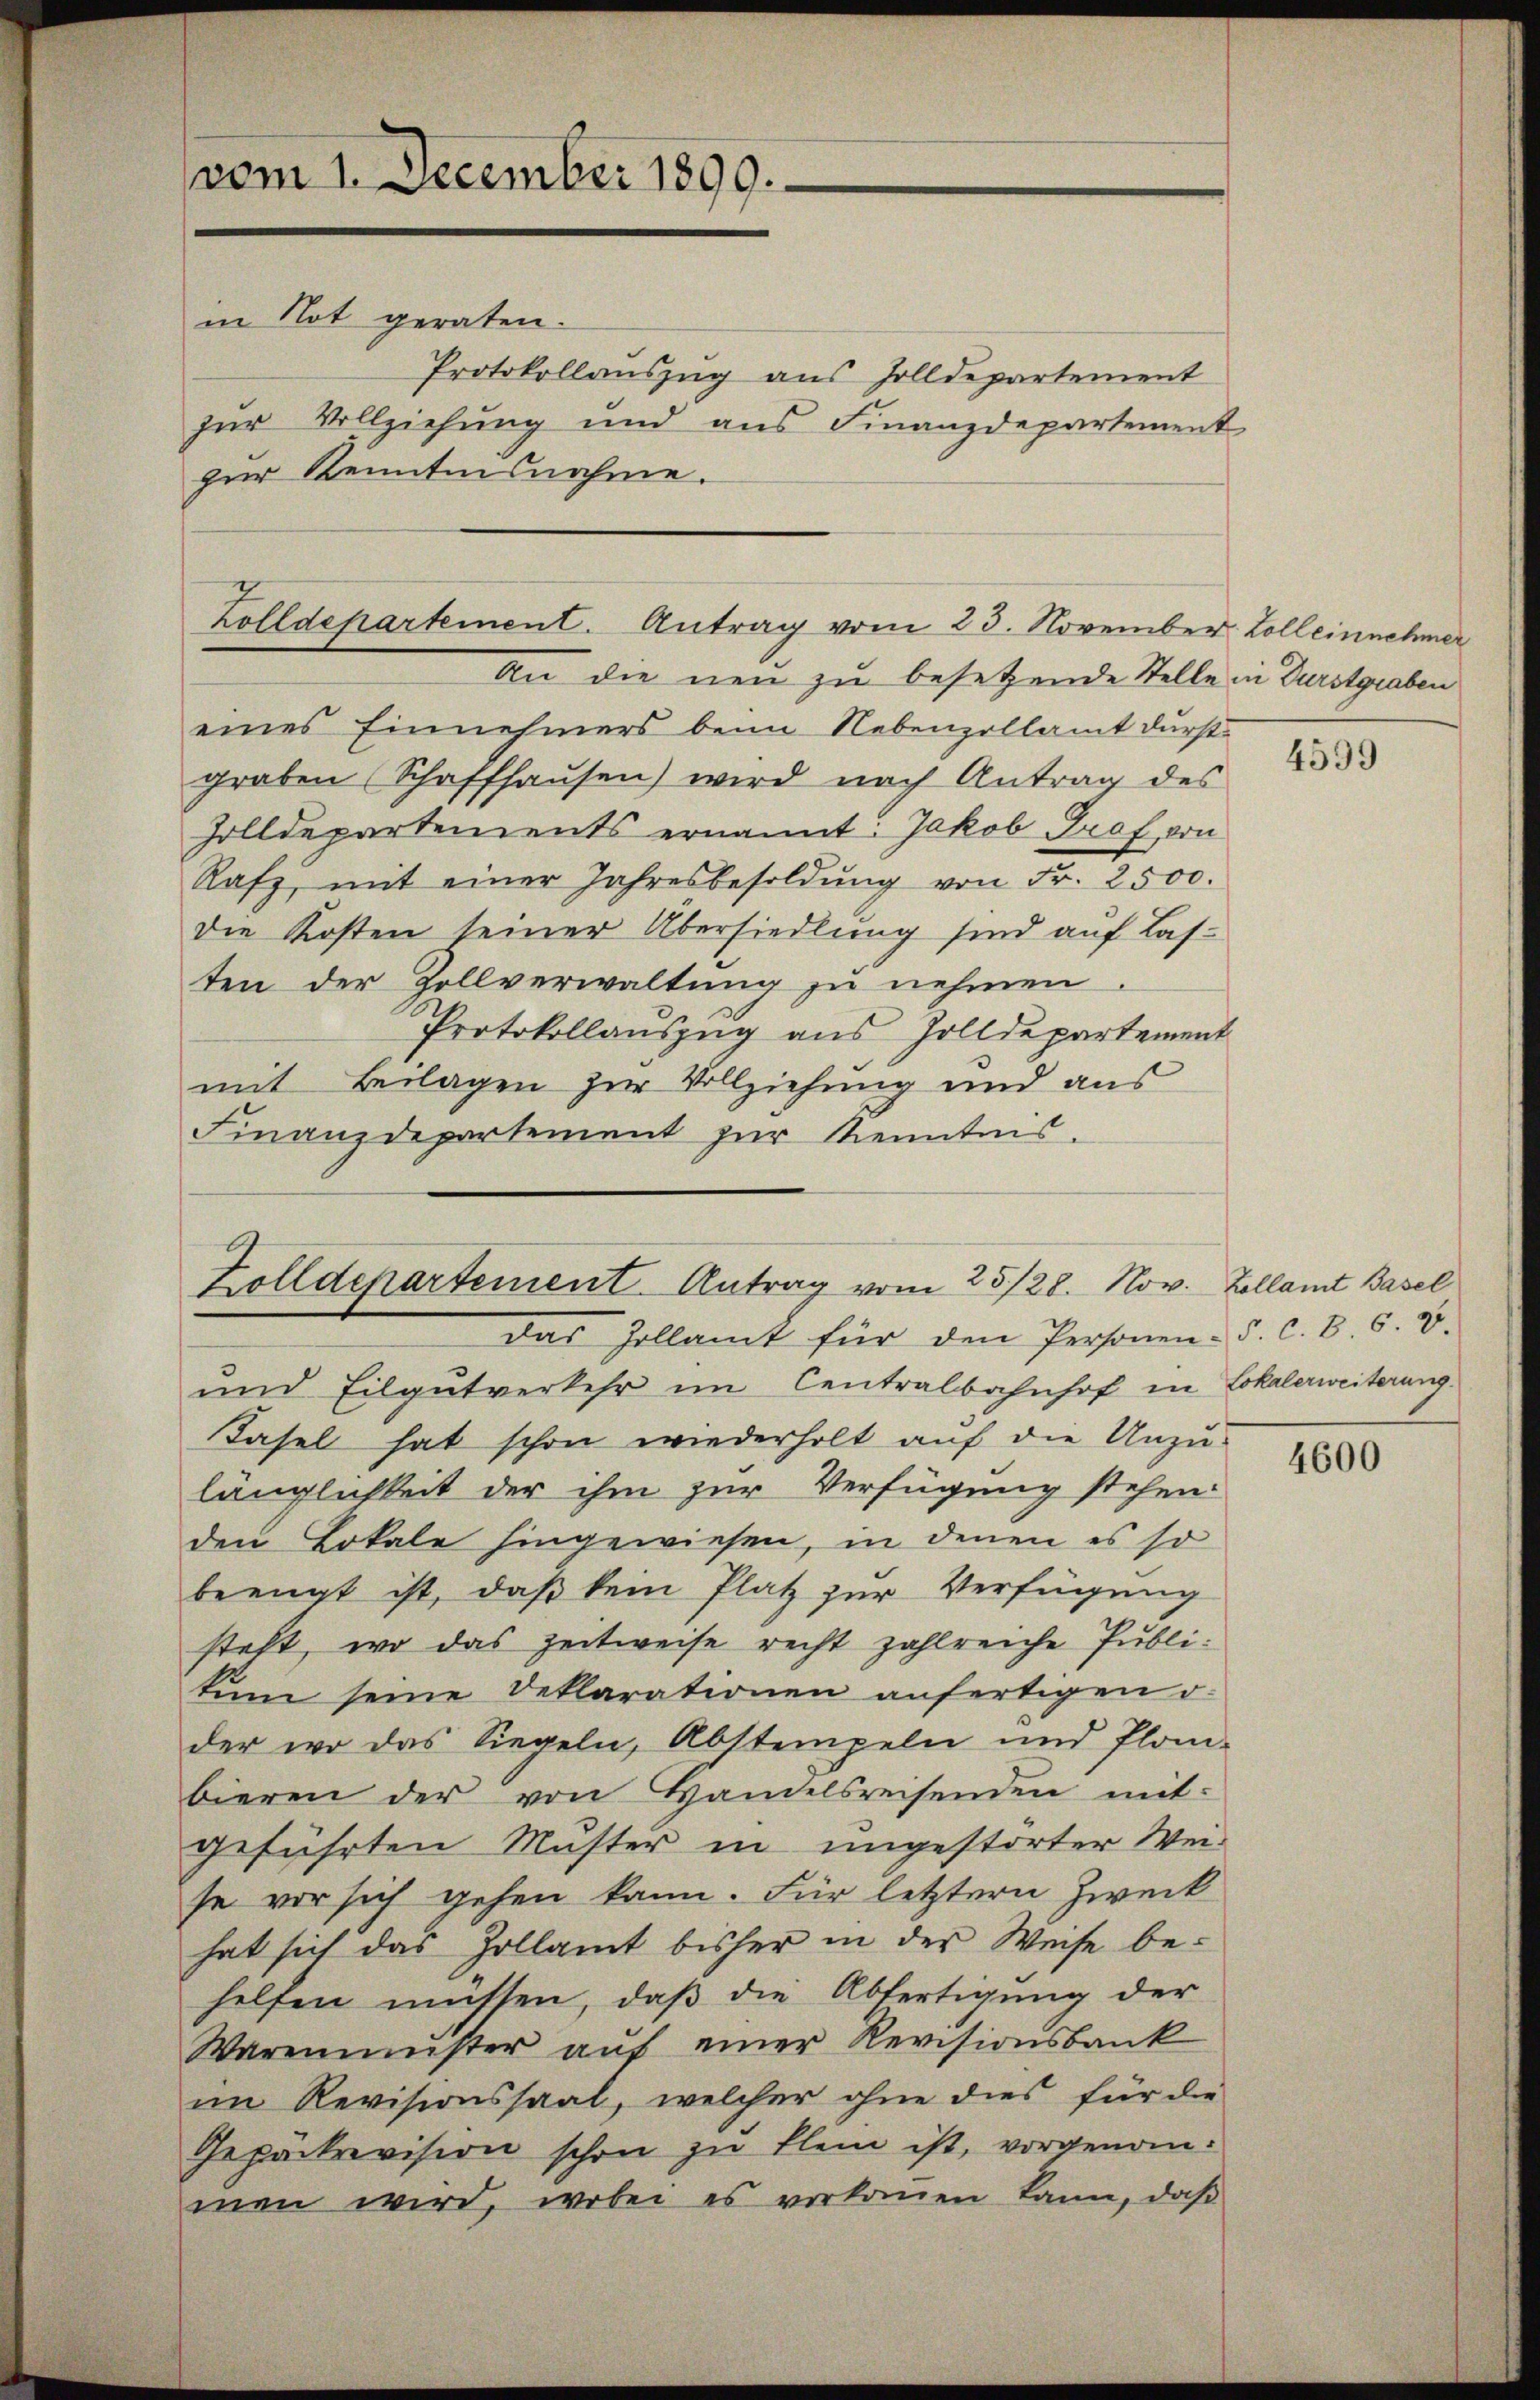
vom 1. December 1890.
in Not geraten.
zur Vollziehung und aus Finanzdepartement
zur Kenntensnahme.

An die neu zu besetzende Stelle in Durstgraben
eines Einnehmers beim Nebenzollamt durst
graben (Schaffhaŭsen) wird nach Antrag des
Zolldepartements ernannt: Jakob Graf von
Rafz, mit einer Jahresbesoldŭng von Fr. 2500.
die Kosten seiner Übersiedlung sind auf Lasten der Zollverwaltung zu nehmen
Protokollauszug aus Zolldepartement
mit Beilagen zur Vollziehung und aus
Finanzdepartement zur Kenntes.

Zolldepartement. Antrag vom 23. November Zoll einnehmer

Protokollauszug aus Zolldepartement

Zolldepartement. Antrag vom 25/28. Nov. Zollamt Basel
Das Zollamt für den Personen S. c. B. 6. d.

und Eilgutverkehr im Centralbahnhof in Lokalerweiterung
Tasel hat schon wiederholt auf die Unzu-
länglichkeit der ihm zur Verfügung stehen.
den Lokale hingewiesen, in denen es so
beengt ist, daß kein Platz zur Verfügung
steht, wo das Zeitweise recht zahlreiche Publitum seine Deklarationen anfertigen d.
der wo das Siegeln, Abstempeln und Plan-
bieren der von Handelsreisenden mit-
geführten Muster in ungestörter Weise vor sich gehen kann. Für letztern Zweck
hat sich das Zollamt bisher in der Weise be-
helfen müssen, daß die Abfertigung der
Warenmuster aŭf einer Revisionsbank
im Revisionssaal, welcher ohne dies für die
Gepäckrevision schon zu klein ist, vorgenommen wird, wobei es vorkommen kann, daß

4599

4600